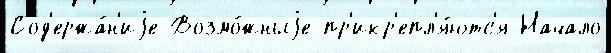
Сод'ержа́н'иjе Возмо́жныjе пр'икр'епл'я́ютс'я Начало